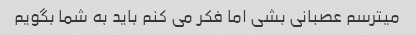
میترسم عصبانی بشی اما فکر می کنم باید به شما بگویم